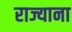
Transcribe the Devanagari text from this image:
राज्याना